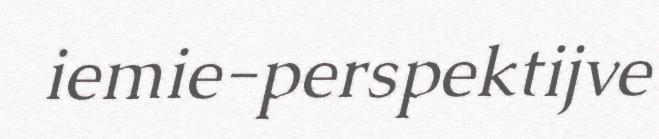
iemie-perspektijve